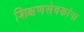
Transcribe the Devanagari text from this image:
शिक्षणसेवकांना